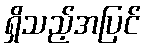
ရှိသည့်အပြင်